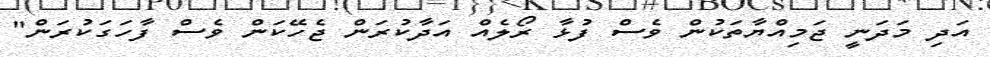
އަދި މަދަނީ ޖަމިއްޔާތަކުން ވެސް ފުޅާ ރޯލެއް އަދާކުރަން ޖެހޭކަން ވެސް ފާހަގަކުރަން"